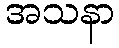
အသနာ